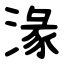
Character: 湪